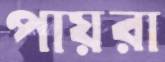
পায়রা